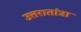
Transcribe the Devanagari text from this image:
उत्तरातांत्रा